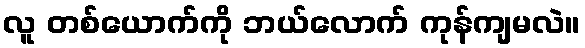
လူ တစ်ယောက်ကို ဘယ်လောက် ကုန်ကျမလဲ။